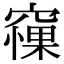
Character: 𥧵